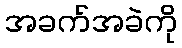
အခက်အခဲကို